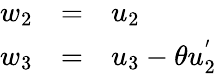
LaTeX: \begin{array}{lcl}{{w_{2}}}&{{=}}&{{u_{2}}}\\ {{w_{3}}}&{{=}}&{{u_{3}-\theta u_{2}^{'}}}\end{array}